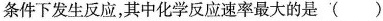
条件下发生反应，其中化学反应速率最大的是 ()